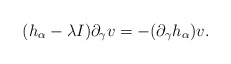
\begin{align*}(h_{\alpha}-\lambda I)\partial_\gamma v=-(\partial_\gamma h_{\alpha})v.\end{align*}